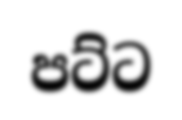
පට්ට